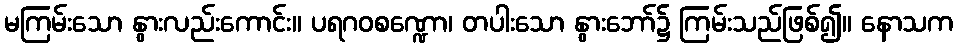
မကြမ်းသော နွားလည်းကောင်း။ ပရဂဝစဏ္ဍော၊ တပါးသော နွားဘော်၌ ကြမ်းသည်ဖြစ်၍။ နောသက